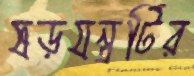
ষড়যন্ত্রটির